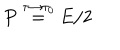
LaTeX: \frac { P \buildrel { \tau \to \tau _ { 0 } } } { = E / 2 }